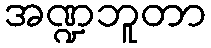
အဏ္ဍဘူတာ